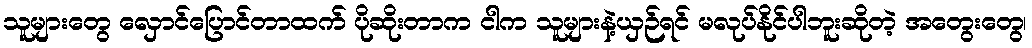
သူများတွေ လှောင်ပြောင်တာထက် ပိုဆိုးတာက ငါက သူများနဲ့ယှဉ်ရင် မလုပ်နိုင်ပါဘူးဆိုတဲ့ အတွေးတွေ၊